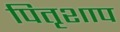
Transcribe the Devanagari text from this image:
पितृशाप